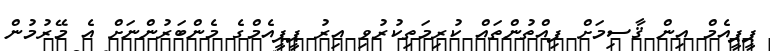
ޕީޕީއެމް އިން ޤާސިމަށް ފިއްތުންތައް ކުރިމަތިކުރުވި އިރު ޕީޕީއެމްގެ މެންބަރުންނަށް އެ މޭރުމުން